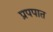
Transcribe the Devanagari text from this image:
प्रपपात